Indian journal of veterinary science and animal husbandry - Volumes 22-23, 1952-1953
Year: 1952
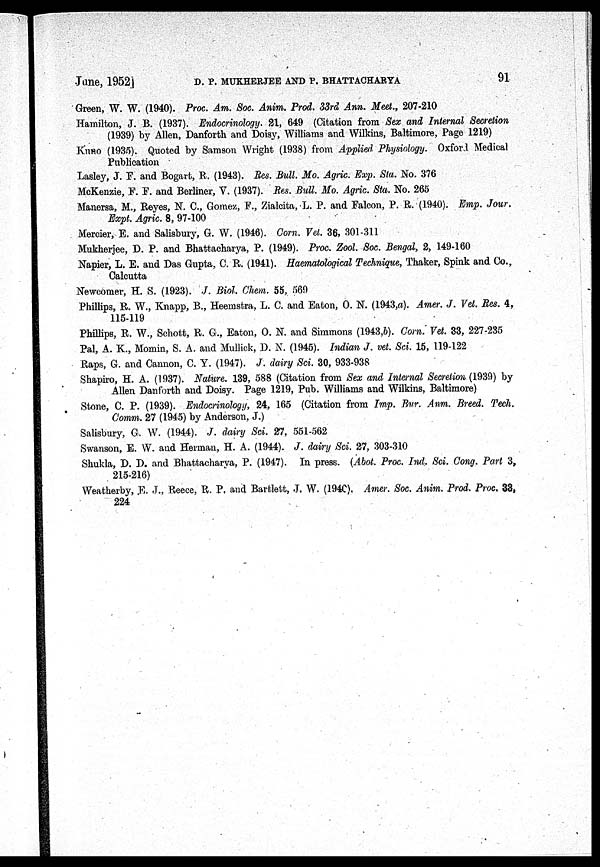
June, 1952] D. P. MUKHERJEE AND P. BHATTACHARYA 91
Green, W. W. (1940). Proc. Am. Soc. Anim. Prod. 33rd Ann. Meet., 207-210
Hamilton, J. B. (1937). Endocrinology. 21, 649 (Citation from Sex and Internal Secretion
(1939) by Allen, Danforth and Doisy, Williams and Wilkins, Baltimore, Page 1219)
Kuno (1935). Quoted by Samson Wright (1938) from Applied Physiology. Oxford Medical
Publication
Lasley, J. F. and Bogart, R. (1943). Res. Bull. Mo. Agric. Exp. Sta. No. 376
McKenzie, F. F. and Berliner, V. (1937). Res. Bull. Mo. Agric. Sta. No. 265
Manersa, M., Reyes, N. C., Gomez, F., Zialcita, L. P. and Falcon, P. R. (1940). Emp. Jour.
Expt. Agric. 8, 97-100
Mercier, E. and Salisbury, G. W. (1946). Corn. Vet. 36, 301-311
Mukherjee, D. P. and Bhattacharya, P. (1949). Proc. Zool. Soc. Bengal, 2, 149-160
Napier, L. E. and Das Gupta, C. R. (1941). Haematological Technique, Thaker, Spink and Co.,
Calcutta
Newcomer, H. S. (1923). J. Biol. Chem. 55, 569
Phillips, R. W., Knapp, B., Heemstra, L. C. and Eaton, O. N. (1943,a). Amer. J. Vet. Res. 4,
115-119
Phillips, R. W., Schott, R. G., Eaton, O. N. and Simmons (1943,b). Corn. Vet. 33, 227-235
Pal, A. K., Momin, S. A. and Mullick, D. N. (1945). Indian J. vet. Sci. 15, 119-122
Raps, G. and Cannon, C. Y. (1947). J. dairy Sci. 30, 933-938
Shapiro, H. A. (1937). Nature. 139, 588 (Citation from Sex and Internal Secretion (1939) by
Allen Danforth and Doisy. Page 1219, Pub. Williams and Wilkins, Baltimore)
Stone, C. P. (1939). Endocrinology, 24, 165 (Citation from Imp. Bur. Anm. Breed. Tech.
Comm. 27 (1945) by Anderson, J.)
Salisbury, G. W. (1944). J. dairy Sci. 27, 551-562
Swanson, E. W. and Herman, H. A. (1944). J. dairy Sci. 27, 303-310
Shukla, D. D. and Bhattacharya, P. (1947). In press. (Abot. Proc. Ind. Sci. Cong. Part 3,
215-216)
Weatherby, E. J., Reece, R. P. and Bartlett, J. W. (1940), Amer. Soc. Anim. Prod. Proc. 33,
224